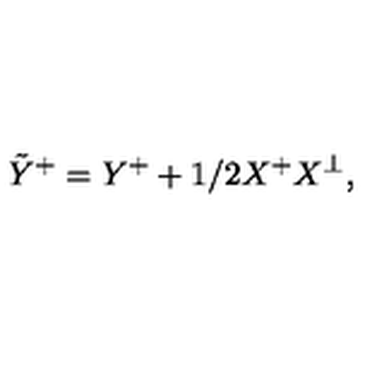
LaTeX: \tilde { Y } ^ { + } = Y ^ { + } + 1 / 2 X ^ { + } X ^ { \perp } ,